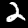
Label: 2